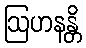
ဩဟနန္တိ